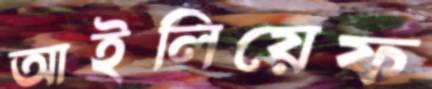
আইলিয়েফ